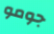
جومو